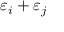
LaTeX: \varepsilon _ { i } + \varepsilon _ { j }